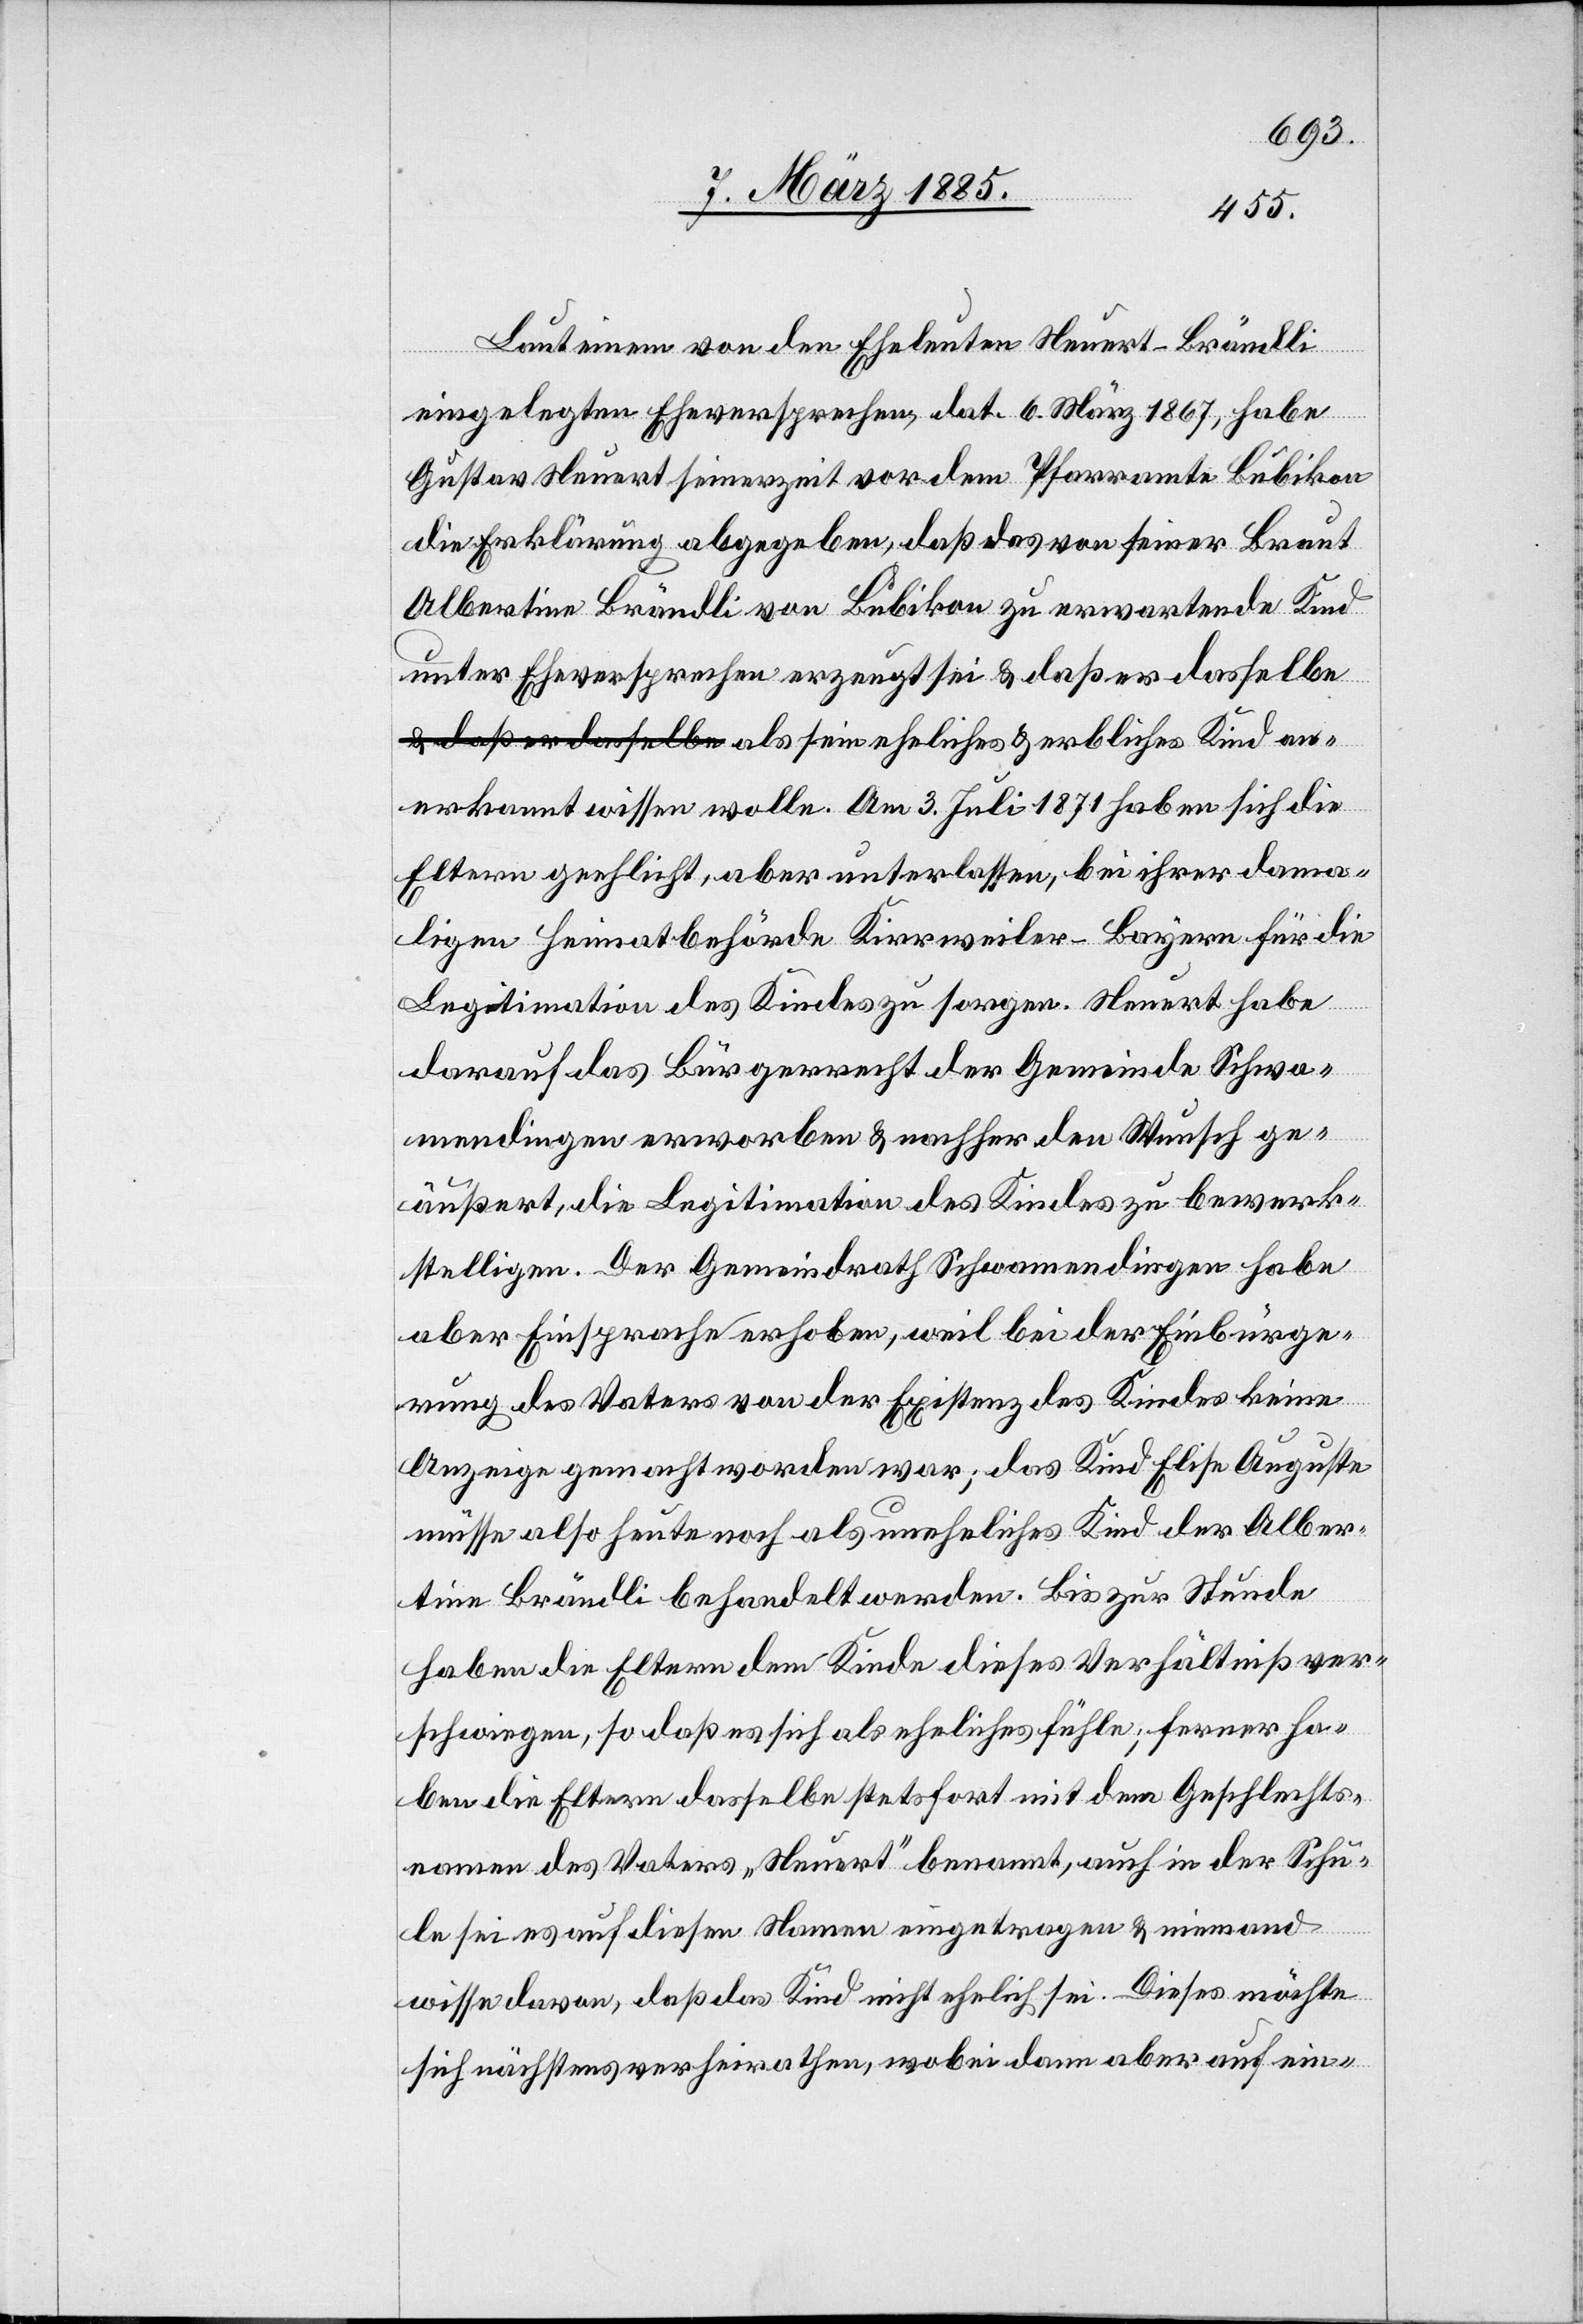
Laut einem von den Eheleuten Neuert-Brändli
eingelegten Eheversprechen, dat. 6. März 1867, habe
Gustav Neuert seinerzeit vor dem Pfarramte Bubikon
die Erklärung abgegeben, daß das von seiner Braut
Albertine Brändli von Bubikon zu erwartende Kind
unter Eheversprechen erzeugt sei & daß er dasselbe
erkannt wissen wolle. Am 3. Juli 1871 haben sich die
Eltern geehlicht, aber unterlassen, bei ihrer dama¬
ligen Heimatbehörde Kirrweiler - Bayern für die
Legitimation des Kindes zu sorgen. Neuert habe
darauf das Bürgerrecht der Gemeinde Schwa¬
mendingen erworben & nachher den Wunsch ge¬
äußert, die Legitimation des Kindes zu bewerk¬
stelligen. Der Gemeindrath Schwamendingen habe
aber Einsprache erhoben, weil bei der Einbürge¬
rung des Vaters von der Existenz des Kindes keine
Anzeige gemacht worden war; das Kind Elise Auguste
müsse also heute noch als uneheliches Kind der Alber¬
tine Brändli behandelt werden. Bis zur Stunde
haben die Eltern dem Kinde dieses Verhältniß ver¬
schwiegen, so daß es sich als eheliches fühle; ferner ha¬
ben die Eltern dasselbe stetsfort mit dem Geschlechts¬
namen des Vaters „Neuert“ benannt, auch in der Schu¬
le sei es auf diesen Namen eingetragen & niemand
wisse davon, daß das Kind nicht ehelich sei. Dieses möchte
sich nächstens verheirathen, wobei dann aber auf ein-

an¬